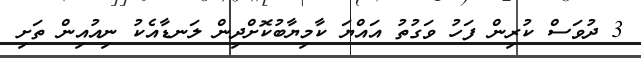
3 ދުވަަސް ކުރިން ފަހު ވަގުތު އައްޔަ ކާމިޔާބުކޮށްދިން ލަނޑާއެކު ނިއުއިން ތަށި